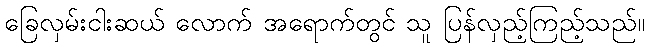
ခြေလှမ်းငါးဆယ် လောက် အရောက်တွင် သူ ပြန်လှည့်ကြည့်သည်။